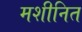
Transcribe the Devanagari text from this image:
मशीनित